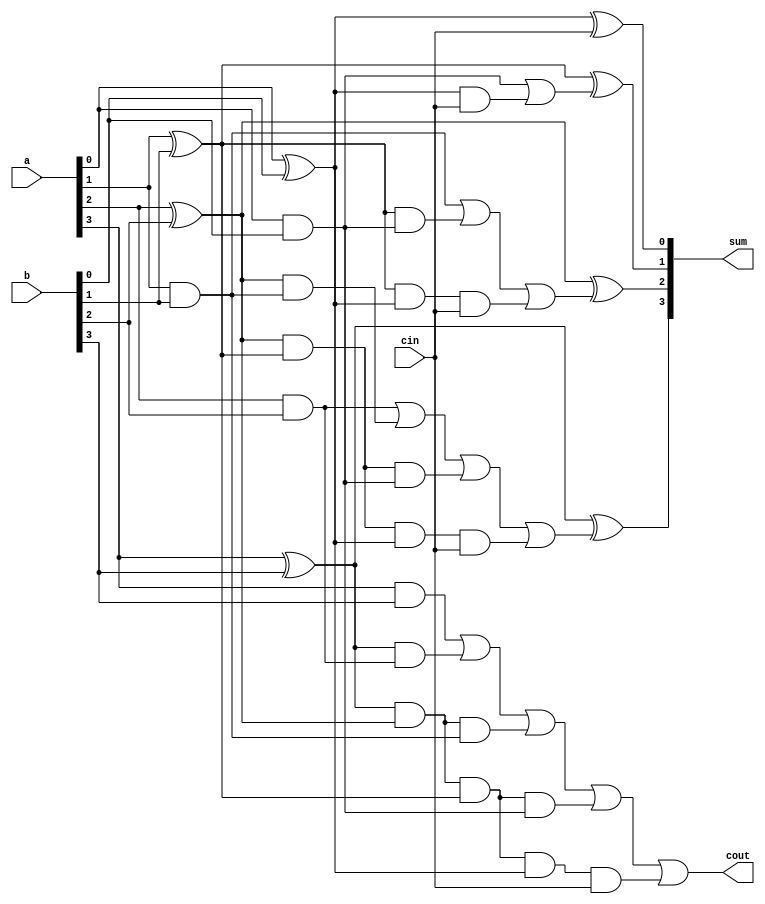
`timescale 1ns / 1ps
//////////////////////////////////////////////////////////////////////////////////
// Company: 
// Engineer: 
// 
// Design Name: 
// Module Name: four_bit
// Project Name: 
// Target Devices: 
// Tool Versions: 
// Description: 
// 
// Dependencies: 
// 
// Revision:
// Revision 0.01 - File Created
// Additional Comments:
// 
//////////////////////////////////////////////////////////////////////////////////


module four_bit(
    input [3:0] a,
    input [3:0] b,
    input cin,
    output [3:0] sum,
    output cout
    );
    wire [3:0] g,p,c;
    genvar i;
    generate for(i=0;i<4;i=i+1)begin
        and a1(g[i],a[i],b[i]);
        xor x1(p[i],a[i],b[i]);
    end
    endgenerate
    wire [9:0]l;
    and a2(l[0],p[3],g[2]);
    and a3(l[1],p[3],p[2],g[1]);
    and a4(l[2],p[3],p[2],p[1],g[0]);
    and a5(l[3],p[3],p[2],p[1],p[0],cin);
    or o1(cout,g[3],l[0],l[1],l[2],l[3]);
    and a6(l[4],p[2],g[1]);
    and a7(l[5],p[2],p[1],g[0]);
    and a8(l[6],p[2],p[1],p[0],cin);
    or o2(c[3],g[2],l[4],l[5],l[6]);
    and a9(l[7],p[1],g[0]);
    and a10(l[8],p[1],p[0],cin);
    or o3(c[2],g[1],l[7],l[8]);
    and a11(l[9],p[0],cin);
    or o4(c[1],g[0],l[9]);
    assign c[0]=cin;
    generate for(i=0;i<4;i=i+1)begin
        xor x2(sum[i],p[i],c[i]);
    end 
    endgenerate
endmodule